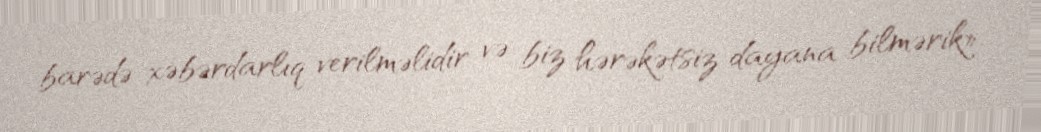
barədə xəbərdarlıq verilməlidir və biz hərəkətsiz dayana bilmərik».